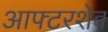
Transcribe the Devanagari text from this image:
आफ्टरशेव